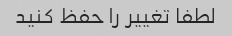
لطفا تغییر را حفظ کنید